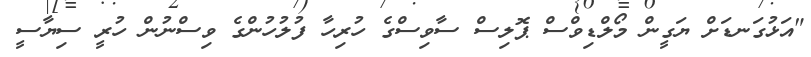
"އަޅުގަނޑަށް ޔަގީން މޯލްޑިވްސް ޕޮލިސް ސާވިސްގެ ހުރިހާ ފުލުހުންގެ ވިސްނުން ހުރީ ސިޔާސީ